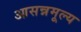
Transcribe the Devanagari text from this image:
आसन्नमूल्य